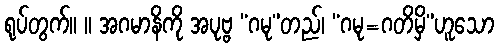
ရုပ်တွက်။ ။ အဂမာနိကို အပုဗ္ဗ “ဂမု”တည်၊ “ဂမု=ဂတိမှိ”ဟူသော